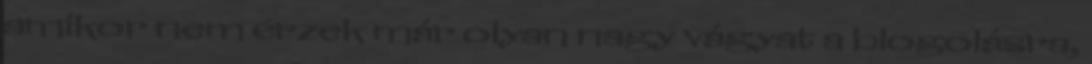
amikor nem érzek már olyan nagy vágyat a blogolásra,